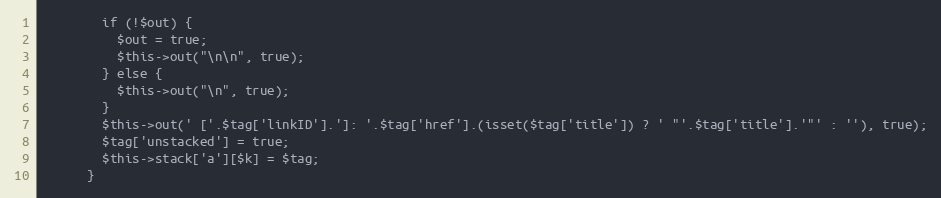
Language: PHP
        if (!$out) {
          $out = true;
          $this->out("\n\n", true);
        } else {
          $this->out("\n", true);
        }
        $this->out(' ['.$tag['linkID'].']: '.$tag['href'].(isset($tag['title']) ? ' "'.$tag['title'].'"' : ''), true);
        $tag['unstacked'] = true;
        $this->stack['a'][$k] = $tag;
      }